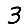
Digit: 3